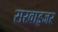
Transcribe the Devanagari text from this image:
सरवाइजर